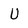
Character: U